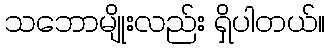
သဘောမျိုးလည်း ရှိပါတယ်။